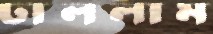
ঢাললাম